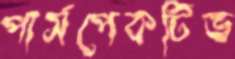
পার্সপেকটিভ